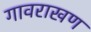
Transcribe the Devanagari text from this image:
गावराखण